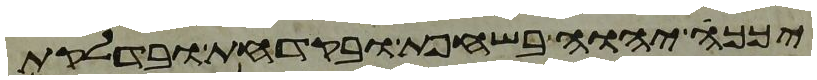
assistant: יכך יהוה בשחפת ובקדחת ובדלקת